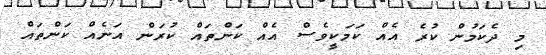
މި ދެކަމުން ކުރެ އެއް ކަމަކީވެސް އެއް ކަންތައް ކުރަން އަނެއް ކަންތައް